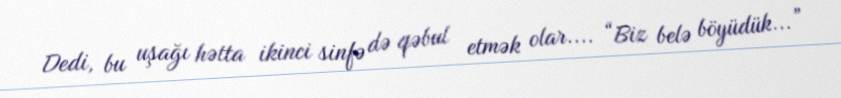
Dedi, bu uşağı hətta ikinci sinfə də qəbul etmək olar.... “Biz belə böyüdük...”